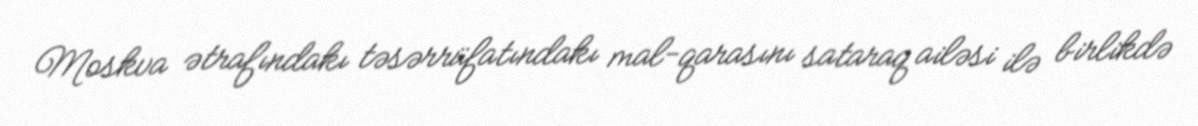
Moskva ətrafındakı təsərrüfatındakı mal-qarasını sataraq ailəsi ilə birlikdə